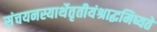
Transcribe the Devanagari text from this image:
संचयनस्यार्थेतृतीयंश्राद्धमिष्यते